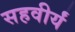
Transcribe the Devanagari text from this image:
सहवीर्यं